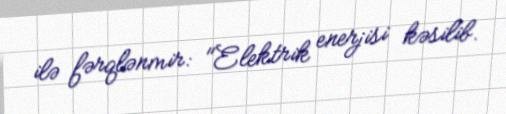
ilə fərqlənmir: "Elektrik enerjisi kəsilib.